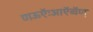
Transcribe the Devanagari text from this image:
णऊऍःआऍव्वॅण्